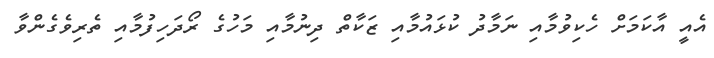
އެއީ އާކަމަށް ހެކިވުމާއި ނަމާދު ކުޅައުމާއި ޒަކާތް ދިނުމާއި މަހުގެ ރޯދަހިފުމާއި ތެރިވެގެންވާ